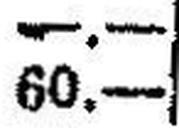
60.—